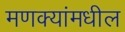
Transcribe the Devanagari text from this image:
मणक्‍यांमधील